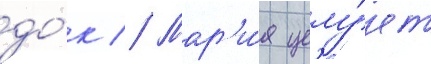
до́к // Мар'и́я целу́ет